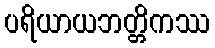
ပရိယာယဘတ္တိကဿ